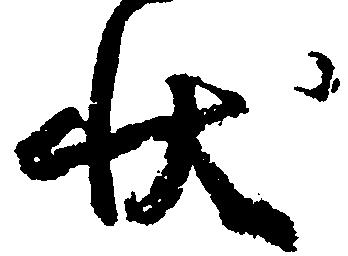
状